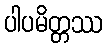
ပါပမိတ္တဿ